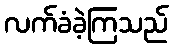
လက်ခံခဲ့ကြသည်